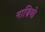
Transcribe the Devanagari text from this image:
नाज्रियो